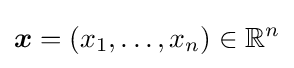
{\boldsymbol {x}}=(x_{1},\dots ,x_{n})\in \mathbb {R} ^{n}